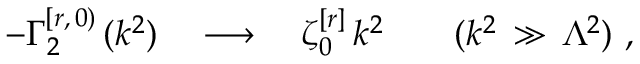
- \Gamma _ { 2 } ^ { [ r , \, 0 ) } \, ( k ^ { 2 } ) \quad \longrightarrow \quad \zeta _ { 0 } ^ { [ r ] } \, k ^ { 2 } \qquad ( k ^ { 2 } \, \gg \, \Lambda ^ { 2 } ) \, \, ,